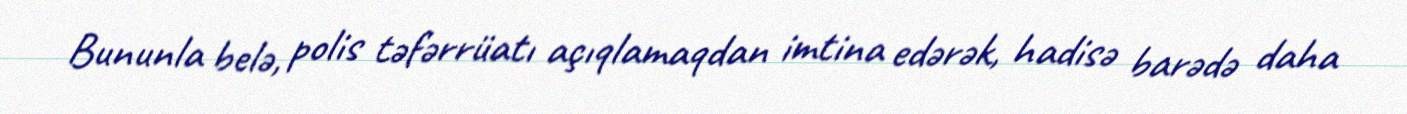
Bununla belə, polis təfərrüatı açıqlamaqdan imtina edərək, hadisə barədə daha